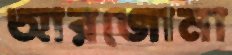
আরজোনা